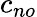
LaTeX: c_{no}